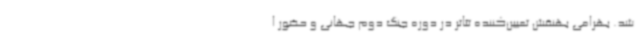
شد. بهرامی بهنقش تعیین‌کننده تئاتر در دوره جنگ دوم جهانی و حضور ا